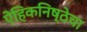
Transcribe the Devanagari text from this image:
ऐहिकनिष्ठेचा